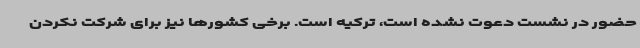
حضور در نشست دعوت نشده است، ترکیه است. برخی کشورها نیز برای شرکت نکردن